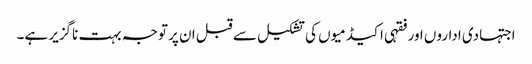
اجتہادی اداروں اور فقہی اکیڈمیوں کی تشکیل سے قبل ان پر توجہ بہت ناگزیر ہے۔